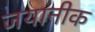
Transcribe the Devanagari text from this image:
जयानीक